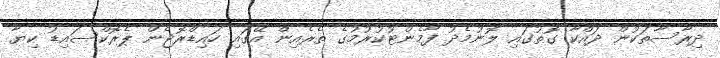
ދިރާސާތަކުން ދައްކާ ގޮތުގައި ލޮނުމެދު ފާމެންޓުކުރުމުގެ ތެރެއިން އޭގައި ހައިޑްރޮޖެން ޕެރޮކްސައިޑު ކިޔާ